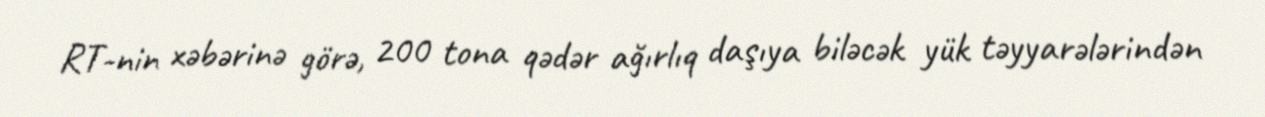
RT-nin xəbərinə görə, 200 tona qədər ağırlıq daşıya biləcək yük təyyarələrindən